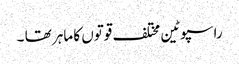
راسپوٹین مختلف قوتوں کا ماہر تھا ۔